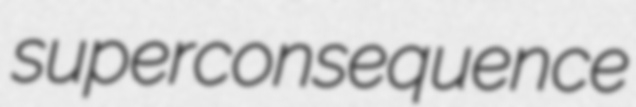
superconsequence